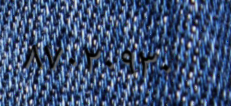
٨٧٠٢٠٩٣٠